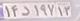
۱۴د۱۹۷۱۳